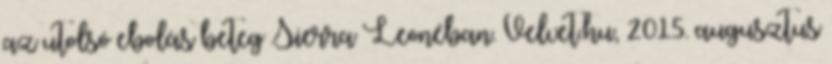
az utolsó ebolás beteg Sierra Leonéban. Velvet.hu, 2015. augusztus